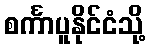
စင်္ကာပူနိုင်ငံသို့